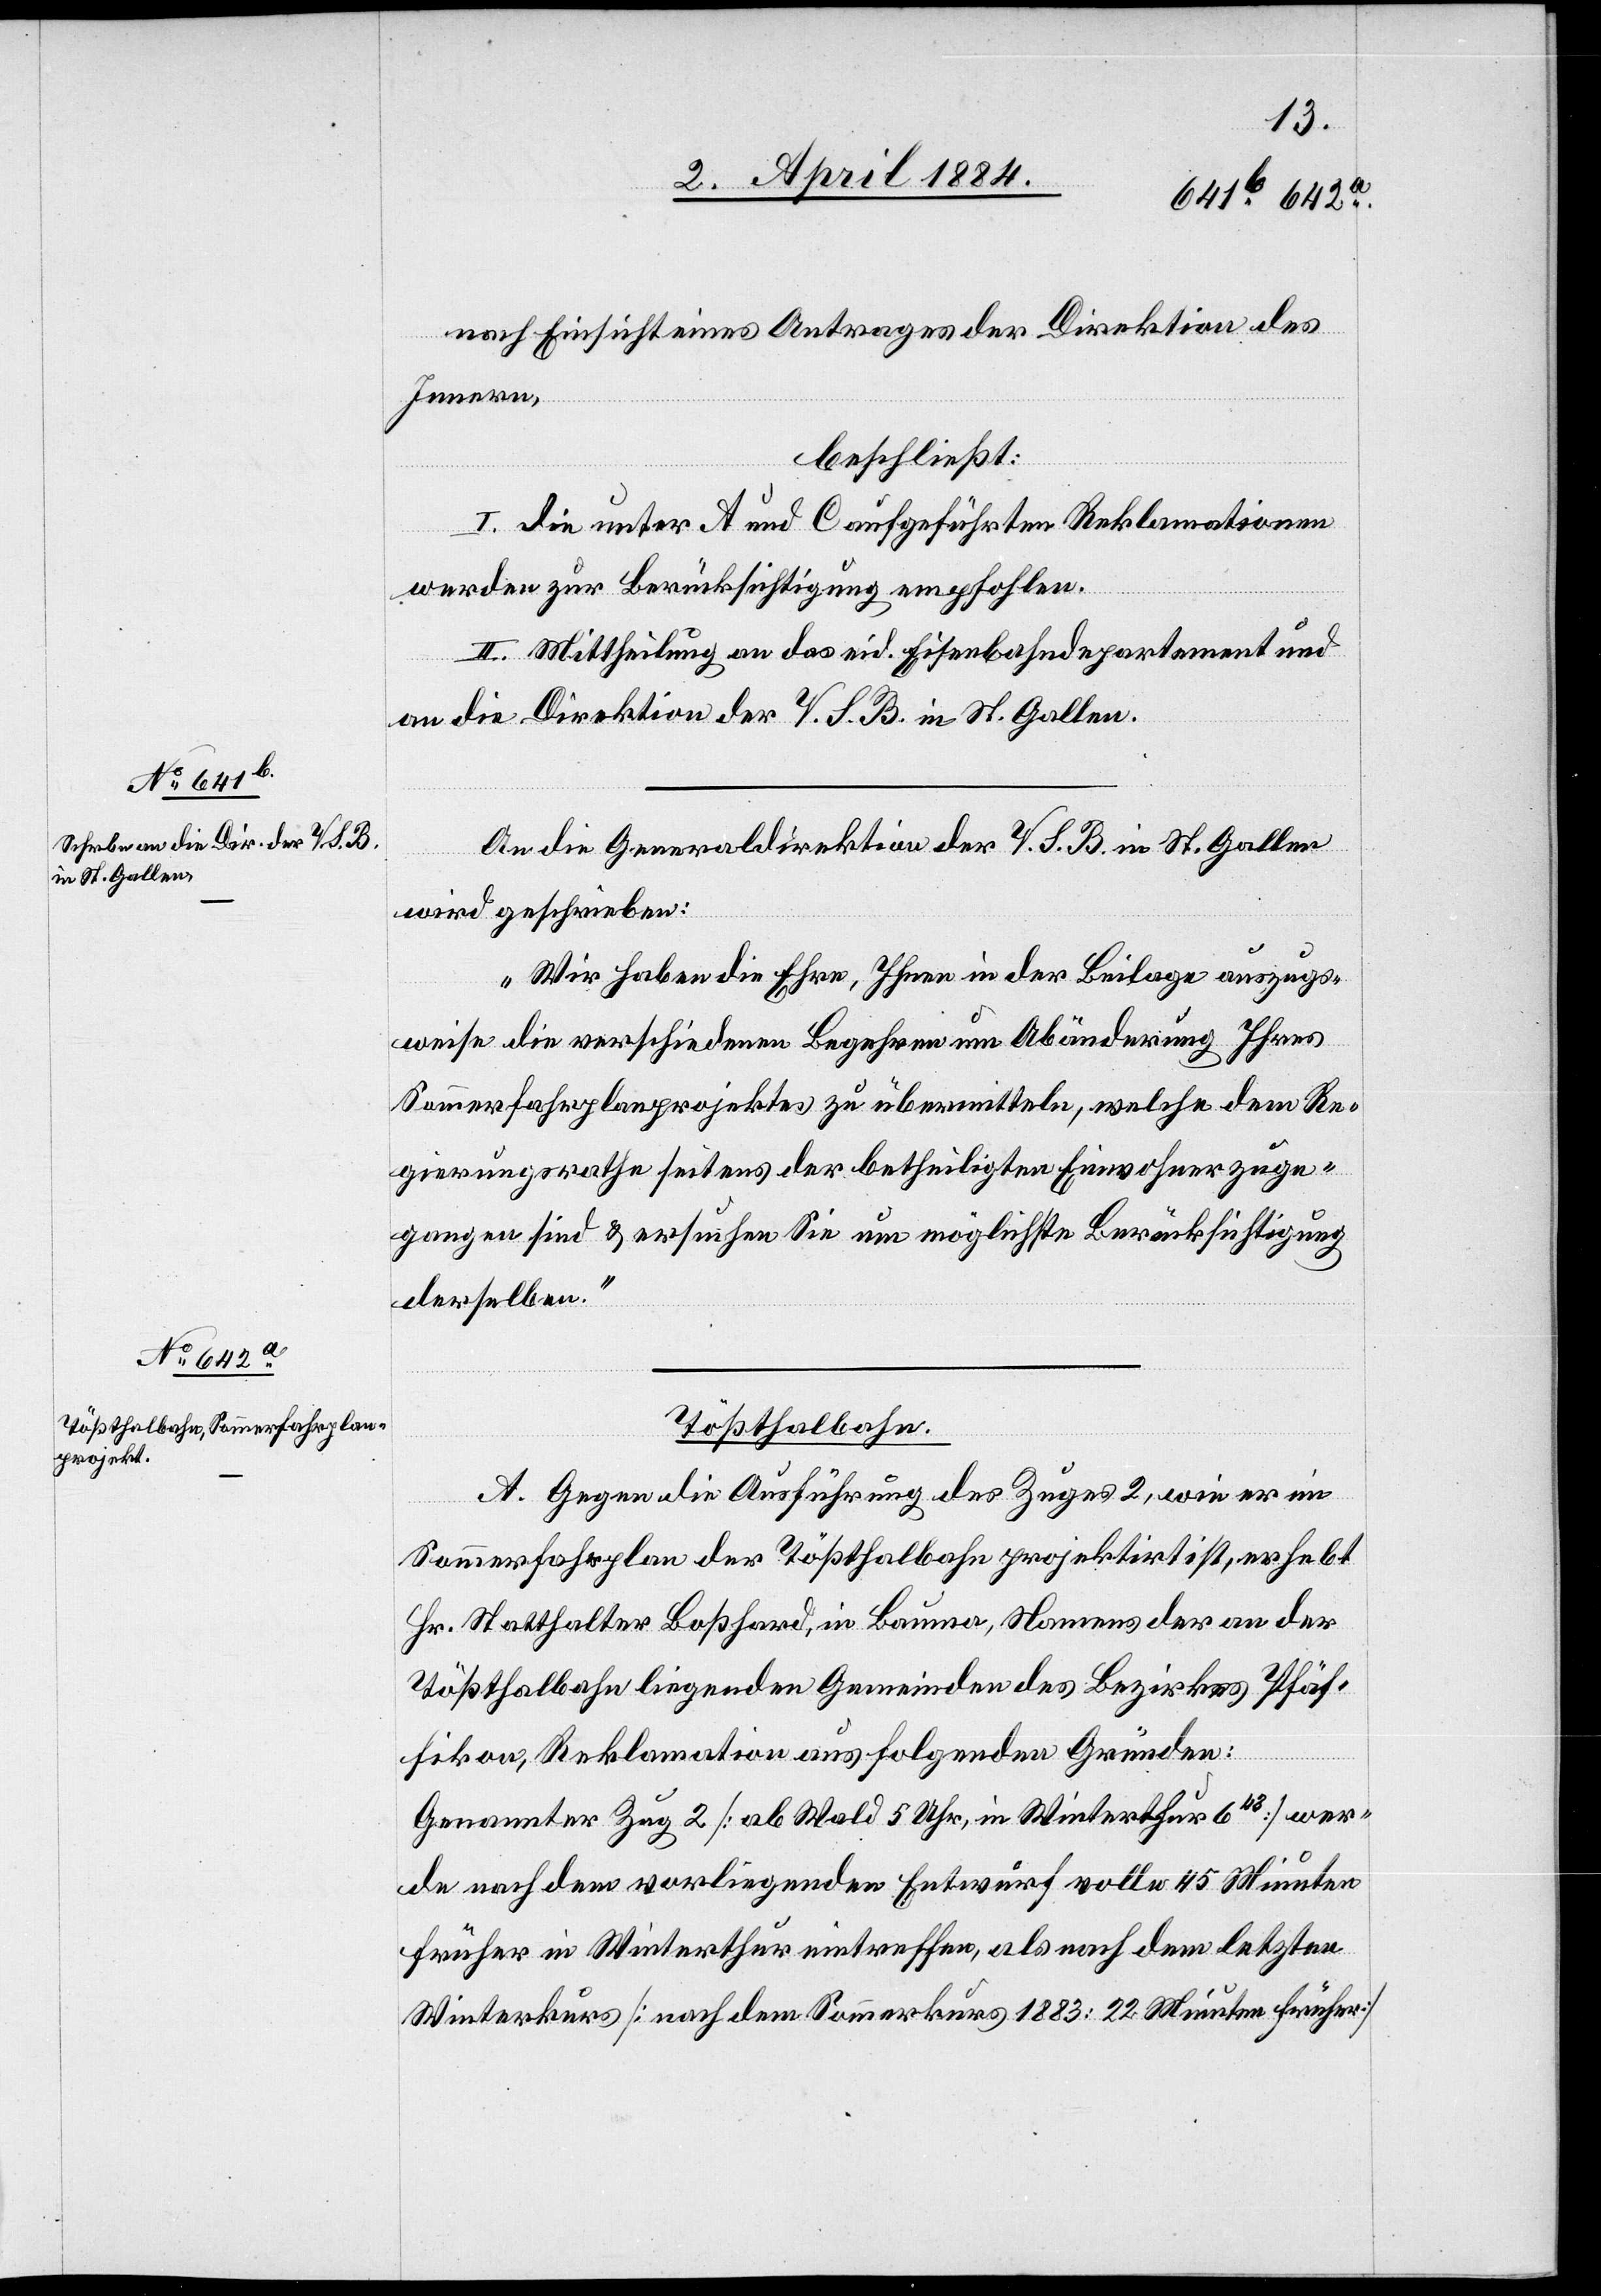
nach Einsicht eines Antrages der Direktion des
Innern,
beschließt:
I. die unter A und C aufgeführten Reklamationen
werden zur Berücksichtigung empfohlen.
II. Mittheilung an das eid. Eisenbahndepartement und
an die Direktion der V. S. B. in St. Gallen.
An die Generaldirektion der V. S. B. in St. Gallen
wird geschrieben:
„Wir haben die Ehre, Ihnen in der Beilage auszugs¬
weise die verschiedenen Begehren um Abänderung Ihres
Sommerfahrplanprojektes zu übermitteln, welche dem Re¬
gierungsrathe seitens der betheiligten Einwohner zuge¬
gangen sind & ersuchen Sie um möglichste Berücksichtigung
derselben.“